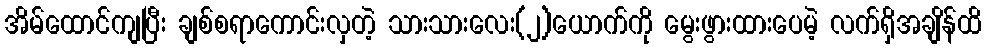
အိမ်ထောင်ကျပြီး ချစ်စရာကောင်းလှတဲ့ သားသားလေး(၂)ယောက်ကို မွေးဖွားထားပေမဲ့ လက်ရှိအချိန်ထိ